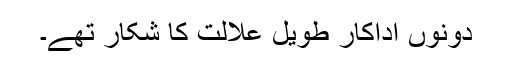
دونوں اداکار طویل علالت کا شکار تھے۔